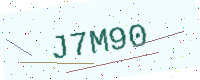
Text: J7M90